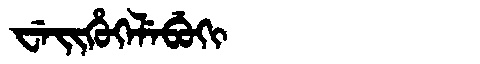
Manchu: ᠸᡝᡳᡥᡠᡴᡝᠯᡝᠪᡠᡴᡳ
Romanization: WEIHUKELEBUKI